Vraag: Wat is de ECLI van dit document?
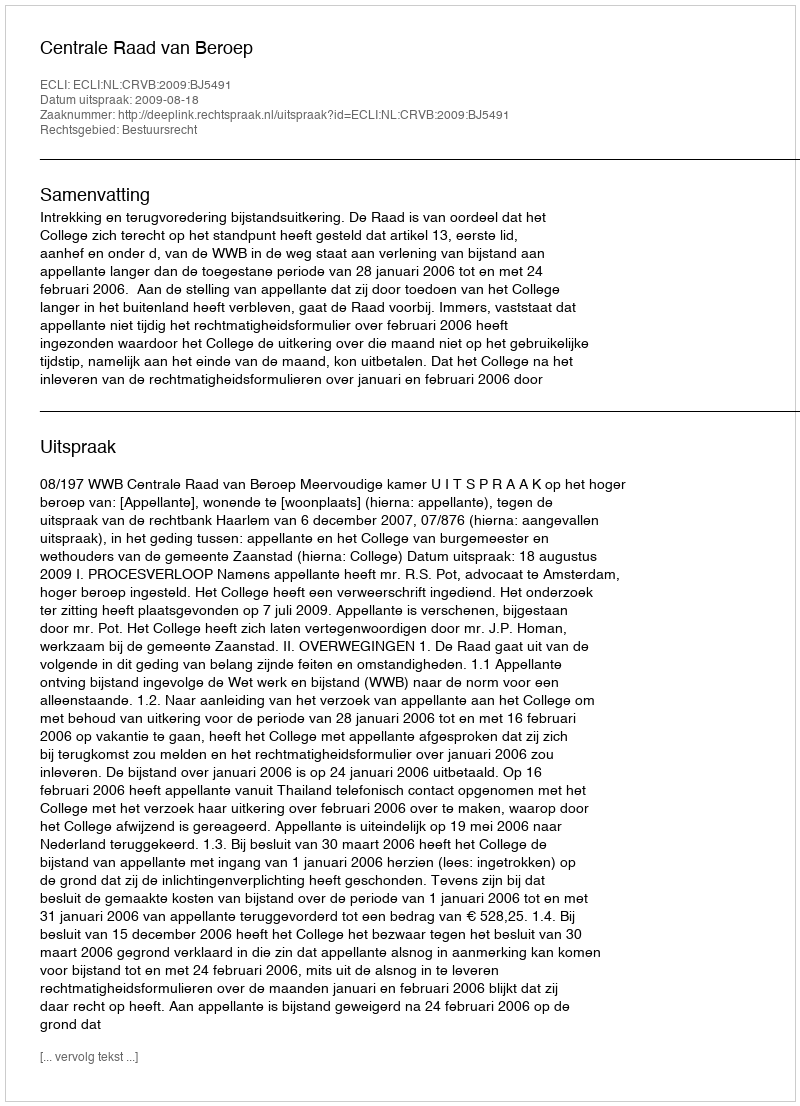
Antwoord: ECLI:NL:CRVB:2009:BJ5491